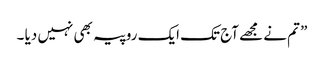
” تم نے مجھے آج تک ایک روپیہ بھی نہیں دیا ۔